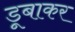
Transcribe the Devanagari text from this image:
डूबाकर